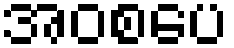
အဝစပေ